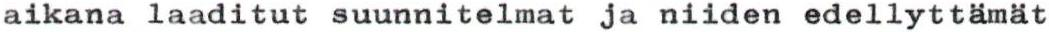
aikana laaditut suunnitelmat ja niiden edellyttämät